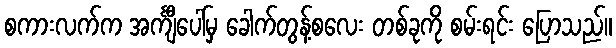
စကားလက်က အင်္ကျီပေါ်မှ ခေါက်တွန့်စလေး တစ်ခုကို စမ်းရင်း ပြောသည်။